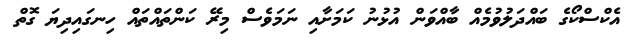
އެކްސްކޯގެ ބައްދަލުވުމެއް ބާއްވަން އުޅުނު ކަމަށާއި ނަމަވެސް މިރޭ ކަންތައްތައް ހިނގައިދިޔަ ގޮތް